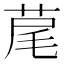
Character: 荱